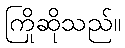
ကြိုဆိုသည်။